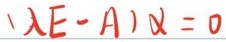
$(\lambda E - A)x = 0$